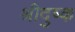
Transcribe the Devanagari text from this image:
श्रीदुष्क